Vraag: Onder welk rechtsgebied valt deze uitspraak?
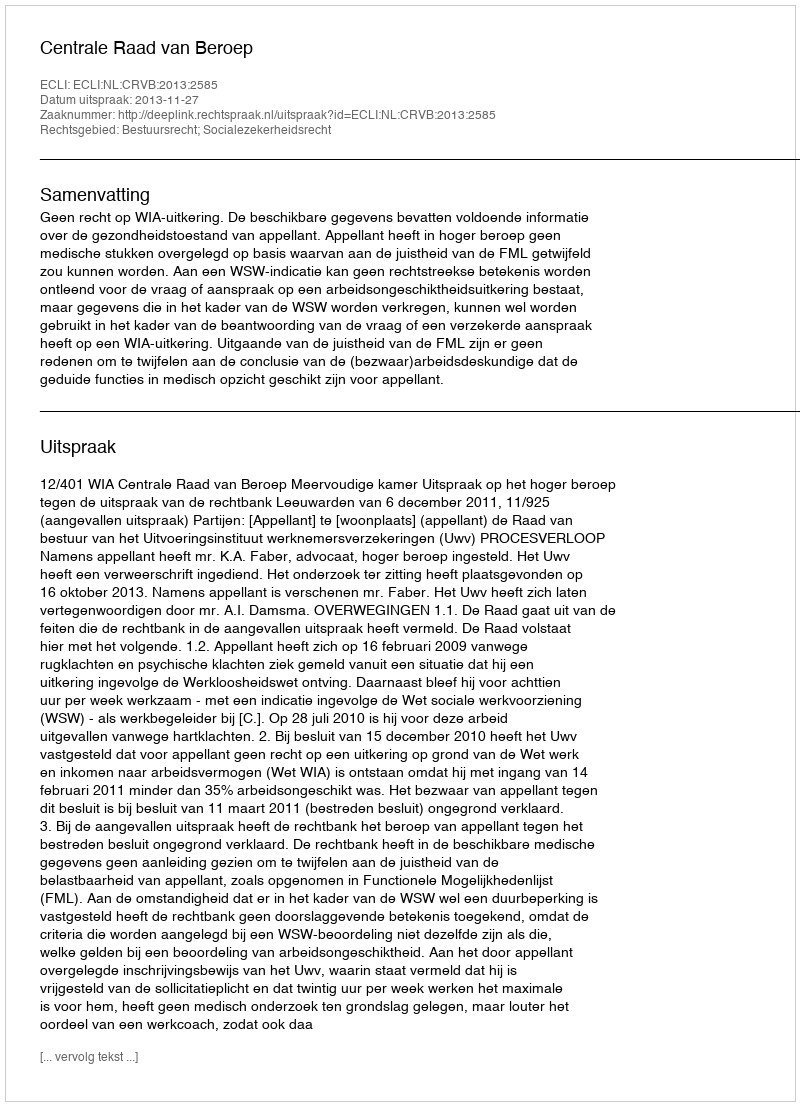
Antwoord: Bestuursrecht; Socialezekerheidsrecht